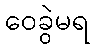
ဝေခွဲမရ